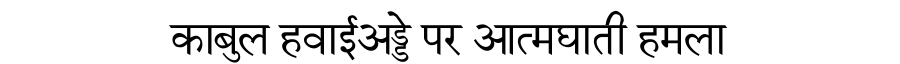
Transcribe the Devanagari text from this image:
काबुल हवाईअड्डे पर आत्मघाती हमला